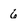
Character: 6